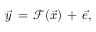
\vec { y } \, = \, \mathcal { F } ( \vec { x } ) \, + \, \vec { e } ,